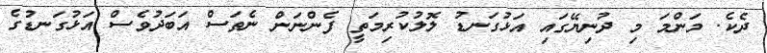
ދެކެ. މަންމަ މި ދުނިޔޭގައި އަޅުގަނޑު ލޮލުކުރިމަތީ ފެންނަން ނެތަސް އަބަދުވެސް އަޅުގަނޑުގެ